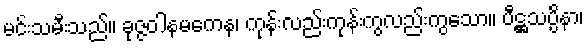
မင်းသမီးသည်။ ခုဇ္ဇဝါနမကေန၊ ကုန်းလည်းကုန်းကွလည်းကွသော။ ပီဋ္ဌသပ္ပိနာ၊